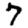
Digit: 7